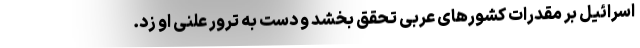
اسرائیل بر مقدرات کشورهای عربی تحقق بخشد و دست به ترور علنی او زد.